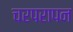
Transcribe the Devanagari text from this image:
चरपरापन